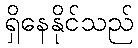
ရှိနေနိုင်သည်